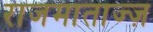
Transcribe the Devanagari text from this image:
राजमाताज्ज़